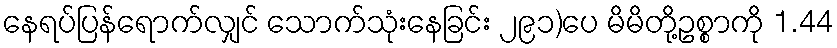
နေရပ်ပြန်ရောက်လျှင် သောက်သုံးနေခြင်း ၂၉၁)ပေ မိမိတို့ဥစ္စာကို 1.44